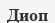
Диоп